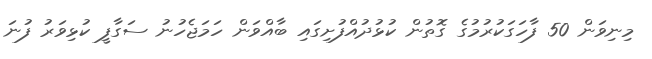
މިނިވަން 50 ފާހަގަކުރުމުގެ ގޮތުން ކުޅުދުއްފުށިގައި ބާއްވަން ހަމަޖެހުނު ސަގާފީ ކުޅިވަރު ފުނަ